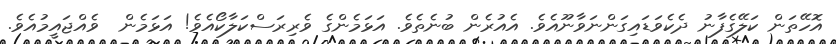
އޮހޭތަން ކަލޭގެފާނު ދެކެވަޑައިގަންނަވާނޫއެވެ. އެއުރެން ބުނެތެވެ. އަޅަމެންގެ ވެރިރަސްކަލާކޯއެވެ! އަޅަމެން  ވެއްޖައީމުއެވެ.